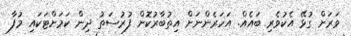
ވަރަށް ގުޅޭ އެކުވެރި ބައެއް. އަހަރެންނަށް އިތުބާރުކޮށް ފުރުސަތު ދިން ކަމަށްޓަކައި މުފާ